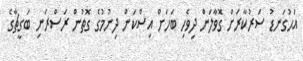
އަޙުގަނޑު ސަރުކާރަށް ގޮވާލަން ދިވެހި ބަހަށް އިސްކަން ދިނުމުގެ ގޮތުން ރަސްރަނި ބަގީޗާގެ